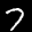
Label: 7